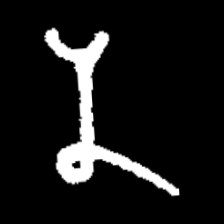
Pyu character \u2014 Myanmar letter: န (romanized: na)